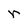
Character: r